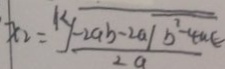
x _ { 2 } = \sqrt [ k ] { \frac { - 2 a b - 2 a \sqrt { b ^ { 2 } - 4 a c } } { 2 a } }